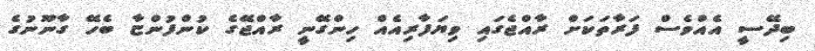
ބިދޭސީ އެއްވެސް ފަރާތަކަށް ރާއްޖެގައި ވިޔަފާރިއެއް ހިންގޭނީ ރާއްޖޭގެ ކުންފުންޏާ ބެހޭ ގާނޫނުގެ